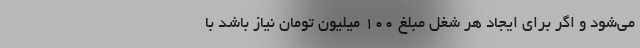
می‌شود و اگر برای ایجاد هر شغل مبلغ ۱۰۰ میلیون تومان نیاز باشد با